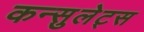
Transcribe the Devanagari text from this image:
कन्सुलेट्स